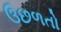
ઉછળતો